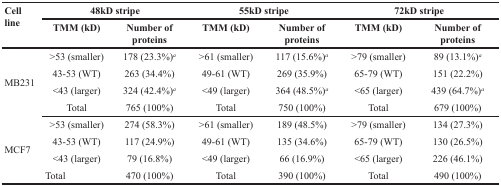
| <ROWSPAN=2> Cell line | <COLSPAN=2> 48kD stripe | <COLSPAN=2> 55kD stripe | <COLSPAN=2> 72kD stripe |
 | TMM (kD) | Number of proteins | TMM (kD) | Number of proteins | TMM (kD) | Number of proteins |
 | --- | --- | --- | --- | --- | --- | --- |
 | <ROWSPAN=4> MB231 | >53 (smaller) | 178 (23.3%)a | >61 (smaller) | 117 (15.6%)a | >79 (smaller) | 89 (13.1%)a |
 | 43-53 (WT) | 263 (34.4%) | 49-61 (WT) | 269 (35.9%) | 65-79 (WT) | 151 (22.2%) |
 | <43 (larger) | 324 (42.4%)a | <49 (larger) | 364 (48.5%)a | <65 (larger) | 439 (64.7%)a |
 | Total | 765 (100%) | Total | 750 (100%) | Total | 679 (100%) |
 | <ROWSPAN=4> MCF7 | >53 (smaller) | 274 (58.3%) | >61 (smaller) | 189 (48.5%) | >79 (smaller) | 134 (27.3%) |
 | 43-53 (WT) | 117 (24.9%) | 49-61 (WT) | 135 (34.6%) | 65-79 (WT) | 130 (26.5%) |
 | <43 (larger) | 79 (16.8%) | <49 (larger) | 66 (16.9%) | <65 (larger) | 226 (46.1%) |
 | Total | 470 (100%) | Total | 390 (100%) | Total | 490 (100%) |